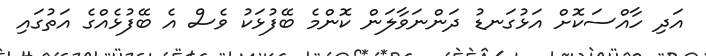
އަދި ހާއްސަކޮށް އަޅުގަނޑު ދަންނަވާލަން ކޮންމެ ބޭފުޅަކު ވެސް އެ ބޭފުޅެއްގެ އަތުގައި